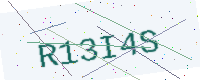
Text: R13I4S